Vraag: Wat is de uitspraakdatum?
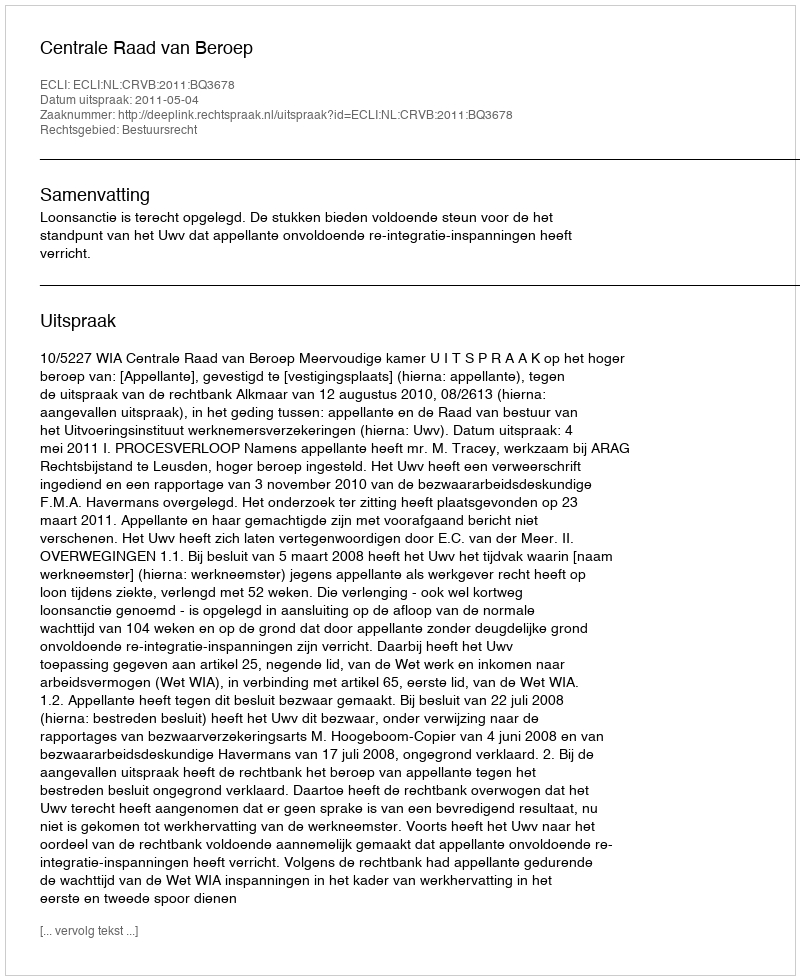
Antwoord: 2011-05-04